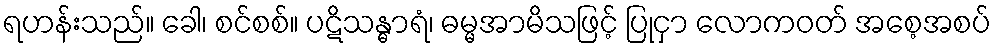
ရဟန်းသည်။ ခေါ၊ စင်စစ်။ ပဋိသန္ဓာရံ၊ ဓမ္မအာမိသဖြင့် ပြုငှာ လောကဝတ် အစေ့အစပ်